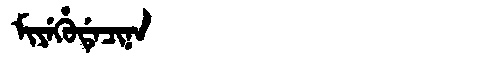
Manchu: ᠮᡳᠶᡝᡥᡠᡩᡝᠴᡳᠨᠠ
Romanization: MIYEHUDECINA